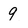
Character: 9